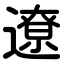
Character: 遼